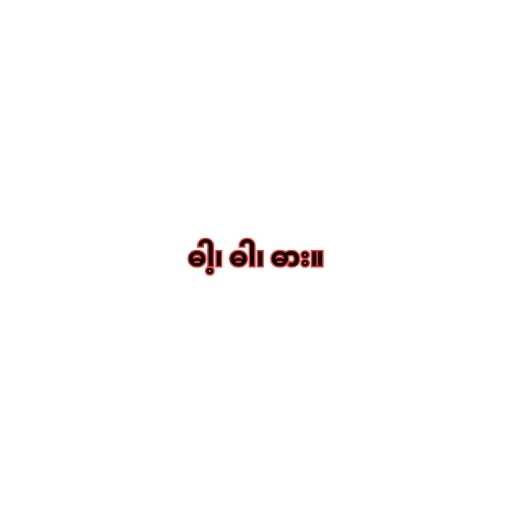
ဓါ့၊ ဓါ၊ ဓား။